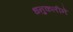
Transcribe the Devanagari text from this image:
धनुकलीने